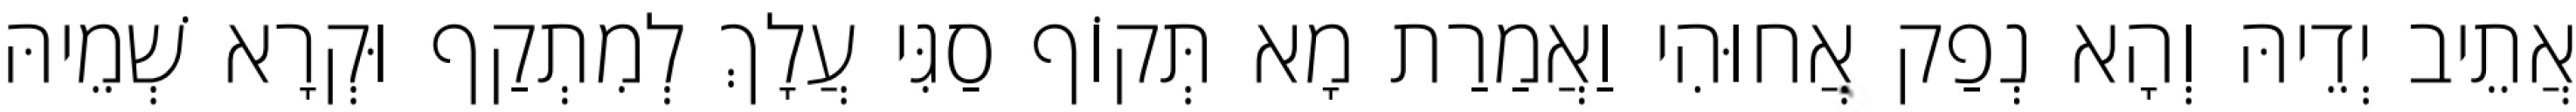
אֲתֵיב יְדֵיהּ וְהָא נְפַק אֲחוּהִי וַאֲמַרַת מָא תְּקוֹף סַגִּי עֲלָךְ לְמִתְקַף וּקְרָא שְׁמֵיהּ